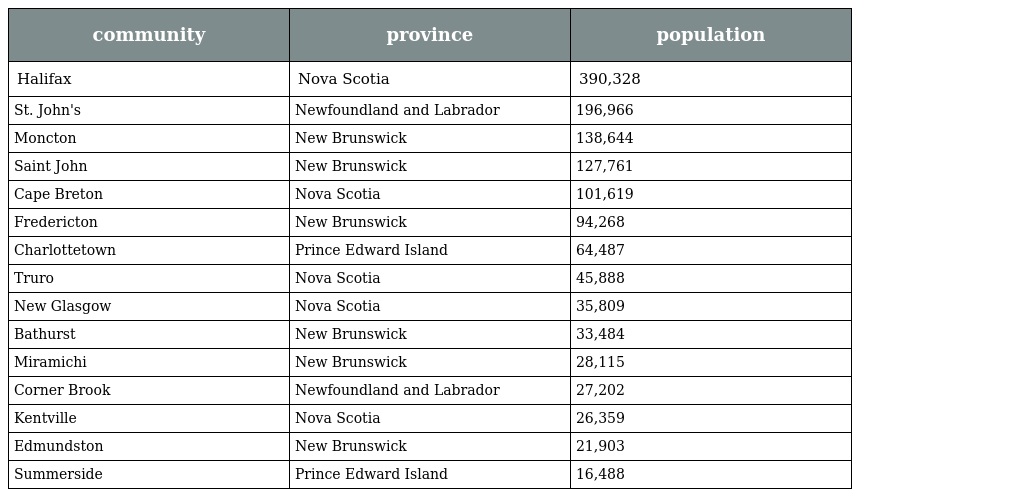
| community | province | population |
 | --- | --- | --- |
 | Halifax | Nova Scotia | 390,328 |
 | St. John's | Newfoundland and Labrador | 196,966 |
 | Moncton | New Brunswick | 138,644 |
 | Saint John | New Brunswick | 127,761 |
 | Cape Breton | Nova Scotia | 101,619 |
 | Fredericton | New Brunswick | 94,268 |
 | Charlottetown | Prince Edward Island | 64,487 |
 | Truro | Nova Scotia | 45,888 |
 | New Glasgow | Nova Scotia | 35,809 |
 | Bathurst | New Brunswick | 33,484 |
 | Miramichi | New Brunswick | 28,115 |
 | Corner Brook | Newfoundland and Labrador | 27,202 |
 | Kentville | Nova Scotia | 26,359 |
 | Edmundston | New Brunswick | 21,903 |
 | Summerside | Prince Edward Island | 16,488 |